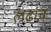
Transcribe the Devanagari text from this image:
लढाच